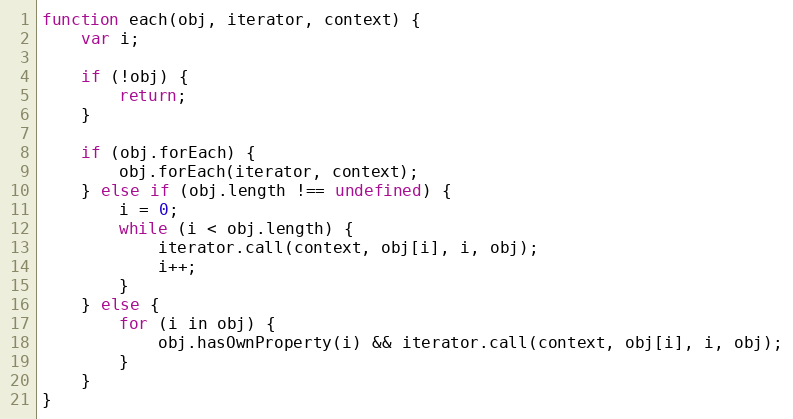
Language: JavaScript
function each(obj, iterator, context) {
    var i;

    if (!obj) {
        return;
    }

    if (obj.forEach) {
        obj.forEach(iterator, context);
    } else if (obj.length !== undefined) {
        i = 0;
        while (i < obj.length) {
            iterator.call(context, obj[i], i, obj);
            i++;
        }
    } else {
        for (i in obj) {
            obj.hasOwnProperty(i) && iterator.call(context, obj[i], i, obj);
        }
    }
}